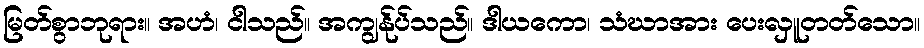
မြတ်စွာဘုရား။ အဟံ၊ ငါသည်။ အကျွန်ုပ်သည်။ ဒါယကော၊ သံဃာအား ပေးလှူတတ်သော။